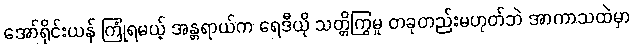
အော်ရိုင်းယန် ကြုံရမယ့် အန္တရာယ်က ရေဒီယို သတ္တိကြွမှု တခုတည်းမဟုတ်ဘဲ အာကာသထဲမှာ